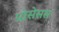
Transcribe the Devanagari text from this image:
प्रोसेसस